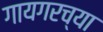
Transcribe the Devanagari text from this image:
गायगरच्या